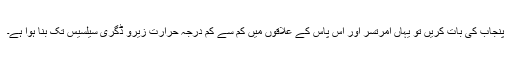
پنجاب کی بات کریں تو یہاں امرتسر اور آس پاس کے علاقوں میں کم سے کم درجہ حرارت زیرو ڈگری سیلسیس تک بنا ہوا ہے۔